Report on horse surra - Volume II, Part I
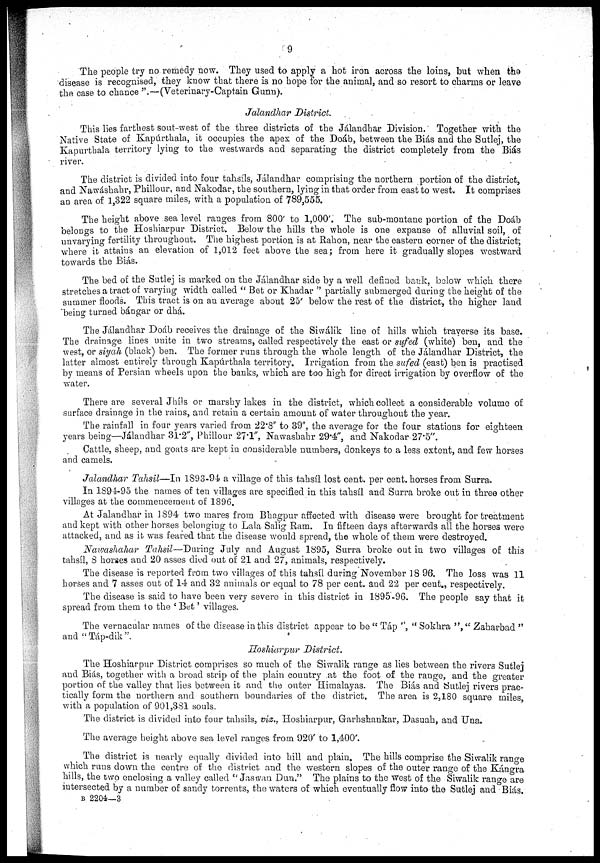
9
The people try no remedy now. They used to apply a hot iron across the loins, but when the
disease is recognised, they know that there is no hope for the animal, and so resort to charms or leave
the case to chance ".—(Veterinary-Captain Gunn).
Jalandhar
District.
This lies farthest sout-west of the three districts of the Jálandhar Division. Together with the
Native State of Kapúrthala, it occupies the apex of the Doáb, between the Biás and the Sutlej, the
Kapurthala territory lying to the westwards and separating the district completely from the Biás
river.
The district is divided into four tahsils, Jálandhar comprising the northern portion of the district,
and Nawáshahr, Phillour, and Nakodar, the southern, lying in that order from east to west. It comprises
an area of 1,322 square miles, with a population of 789,555.
The height above sea level ranges from 800' to 1,000'. The sub-montane portion of the Doáb
belongs to the Hoshiarpur District. Below the hills the whole is one expanse of alluvial soil, of
unvarying fertility throughout. The highest portion is at Rahon, near the eastern corner of the district;
where it attains an elevation of 1,012 feet above the sea; from here it gradually slopes westward
towards the Biás.
The bed of the Sutlej is marked on the Jálandhar side by a well defined bank, below which there
stretches a tract of varying width called " Bet or Khadar " partially submerged during the height of the
summer floods. This tract is on an average about 25' below the rest of the district, the higher land
being turned bángar or dhá.
The Jálandhar Doáb receives the drainage of the Siwálik line of hills which traverse its base.
The drainage lines unite in two streams, called respectively the east or sufed (white) ben, and the
west, or siyah (black) ben. The former runs through the whole length of the Jálandhar District, the
latter almost entirely through Kapúrthala territory. Irrigation from the sufed (east) ben is practised
by means of Persian wheels upon the banks, which are too high for direct irrigation by overflow of the
water.
There are several Jhils or marshy lakes in the district, which collect a considerable volume of
surface drainage in the rains, and retain a certain amount of water throughout the year.
The rainfall in four years varied from 22.8" to 39", the average for the four stations for eighteen
years being—Jálandhar 31.2", Phillour 27.1", Nawashahr 29.4", and Nakodar 27.5".
Cattle, sheep, and goats are kept in considerable numbers, donkeys to a less extent, and few horses
and camels.
Jalandhar Tahsil—In 1893-94 a village of this tahsil lost cent. per cent. horses from Surra.
In 1894-95 the names of ten villages are specified in this tahsil and Surra broke out in three other
villages at the commencement of 1896.
At Jalandhar in 1894 two mares from Bhagpur affected with disease were brought for treatment
and kept with other horses belonging to Lala Salig Ram. In fifteen days afterwards all the horses were
attacked, and as it was feared that the disease would spread, the whole of them were destroyed.
Nawashahar Tahsil—During July and August 1895, Surra broke out in two villages of this
tahsil, 8 horses and 20 asses died out of 21 and 27, animals, respectively.
The disease is reported from two villages of this tahsil during November 18 96. The loss was 11
horses and 7 asses out of 14 and 32 animals or equal to 78 per cent. and 22 per cent., respectively.
The disease is said to have been very severe in this district in 1895-96. The people say that it
spread from them to the ' Bet' villages.
The vernacular names of the disease in this district appear to be " Táp ", " Sokhra "," Zaharbad "
and " Táp-dik ".
Hoshiarpur
District.
The Hoshiarpur District comprises so much of the Siwalik range as lies between the rivers Sutlej
and Biás, together with a broad strip of the plain country at the foot of the range, and the greater
portion of the valley that lies between it and the outer Himalayas. The Biás and Sutlej rivers prac-
tically form the northern and southern boundaries of the district. The area is 2,180 square miles,
with a population of 901,381 souls.
The district is divided into four tahsils, viz., Hoshiarpur, Garhshankar, Dasuah, and Una.
The average height above sea level ranges from 920' to 1,400'.
The district is nearly equally divided into hill and plain. The hills comprise the Siwalik range
which runs down the centre of the district and the western slopes of the outer range of the Kángra
hills, the two enclosing a valley called " Jaswan Dun." The plains to the west of the Siwalik range are
intersected by a number of sandy torrents, the waters of which eventually flow into the Sutlej and Biás.
B 2204—3